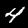
Label: 4